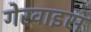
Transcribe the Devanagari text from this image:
गेरवाइस